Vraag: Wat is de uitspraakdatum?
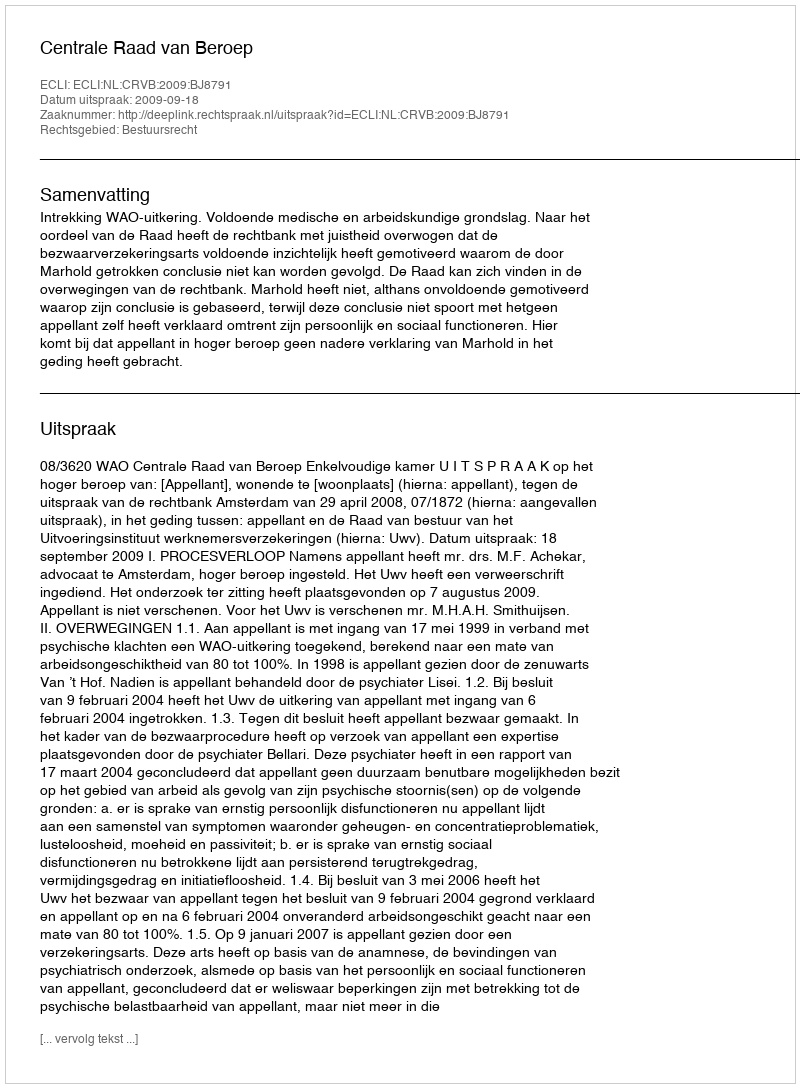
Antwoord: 2009-09-18